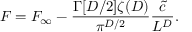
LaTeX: { \cal F } = { \cal F } _ { \infty } - \frac { \Gamma [ D / 2 ] \zeta ( D ) } { \pi ^ { D / 2 } } \frac { \tilde { c } } { L ^ { D } } .